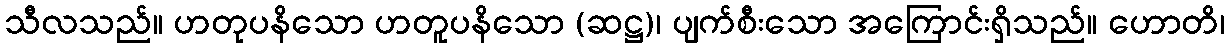
သီလသည်။ ဟတုပနိသော ဟတူပနိသော (ဆဋ္ဌ)၊ ပျက်စီးသော အကြောင်းရှိသည်။ ဟောတိ၊